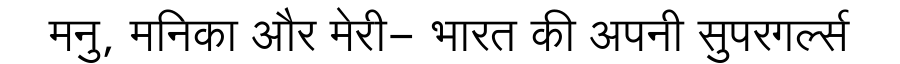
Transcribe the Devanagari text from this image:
मनु, मनिका और मेरी- भारत की अपनी सुपरगर्ल्स